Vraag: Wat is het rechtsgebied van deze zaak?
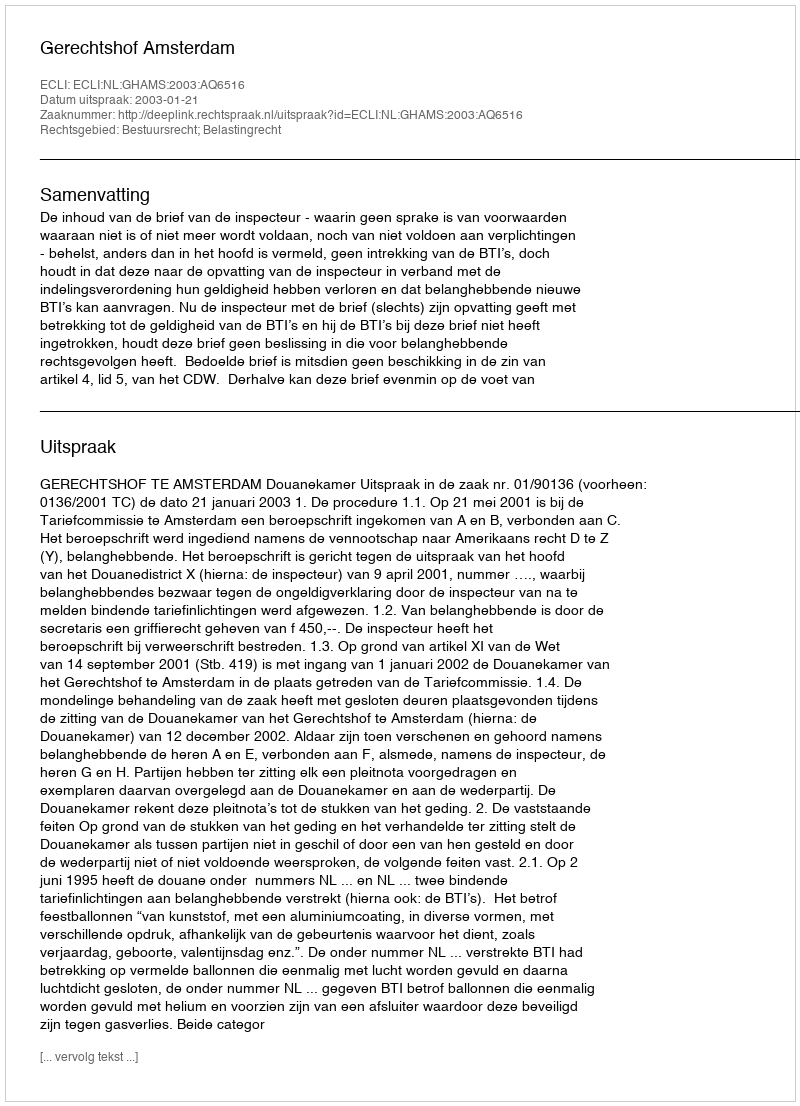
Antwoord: Bestuursrecht; Belastingrecht